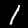
Label: 1